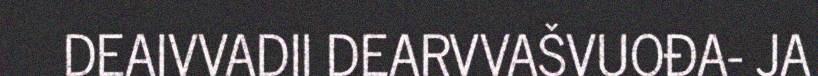
DEAIVVADII DEARVVAŠVUOĐA- JA